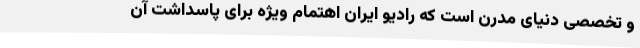
و تخصصی دنیای مدرن است که رادیو ایران اهتمام ویژه برای پاسداشت آن